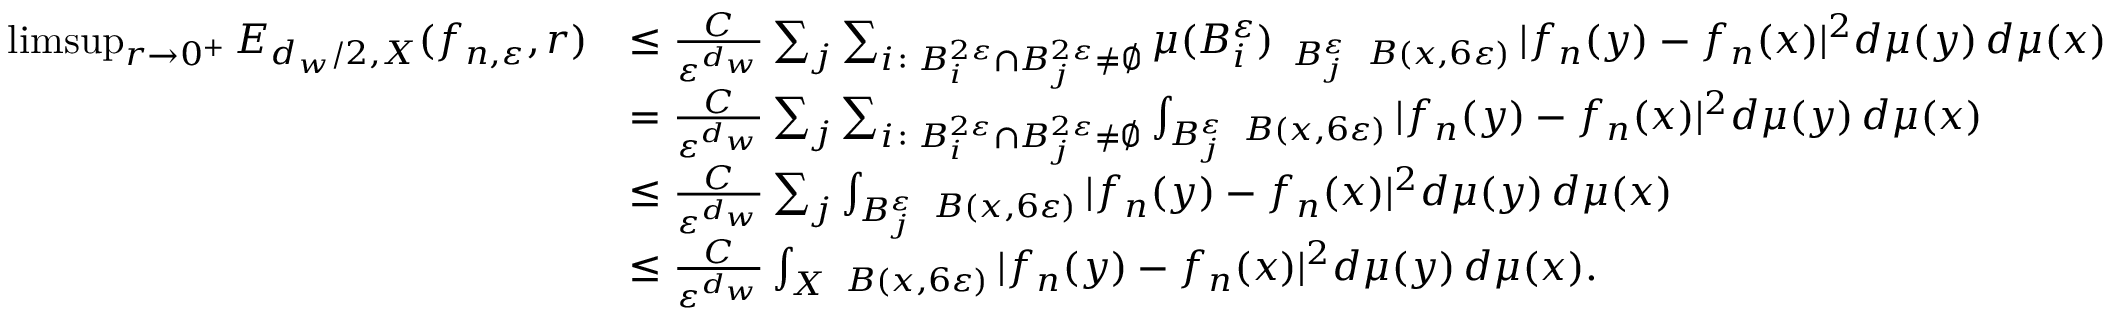
\begin{array} { r l } { \operatorname* { l i m s u p } _ { r \to 0 ^ { + } } E _ { d _ { w } / 2 , X } ( f _ { n , \varepsilon } , r ) } & { \leq \frac { C } { \varepsilon ^ { d _ { w } } } \sum _ { j } \sum _ { i \colon B _ { i } ^ { 2 \varepsilon } \cap B _ { j } ^ { 2 \varepsilon } \neq \emptyset } \mu ( B _ { i } ^ { \varepsilon } ) \fint _ { B _ { j } ^ { \varepsilon } } \fint _ { B ( x , 6 \varepsilon ) } | f _ { n } ( y ) - f _ { n } ( x ) | ^ { 2 } d \mu ( y ) \, d \mu ( x ) } \\ & { = \frac { C } { \varepsilon ^ { d _ { w } } } \sum _ { j } \sum _ { i \colon B _ { i } ^ { 2 \varepsilon } \cap B _ { j } ^ { 2 \varepsilon } \neq \emptyset } \int _ { B _ { j } ^ { \varepsilon } } \fint _ { B ( x , 6 \varepsilon ) } | f _ { n } ( y ) - f _ { n } ( x ) | ^ { 2 } d \mu ( y ) \, d \mu ( x ) } \\ & { \leq \frac { C } { \varepsilon ^ { d _ { w } } } \sum _ { j } \int _ { B _ { j } ^ { \varepsilon } } \fint _ { B ( x , 6 \varepsilon ) } | f _ { n } ( y ) - f _ { n } ( x ) | ^ { 2 } d \mu ( y ) \, d \mu ( x ) } \\ & { \leq \frac { C } { \varepsilon ^ { d _ { w } } } \int _ { X } \fint _ { B ( x , 6 \varepsilon ) } | f _ { n } ( y ) - f _ { n } ( x ) | ^ { 2 } d \mu ( y ) \, d \mu ( x ) . } \end{array}